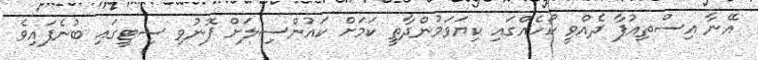
އޭނާ އިސްތިއުފާ ދެއްވީ ކޯހެއްގައި ކިޔަވަމުންދާތީ ކަމަށް ކައުންސިލަށް ފޮނުވި ސިޓީގައި ބުނެފައިވެ